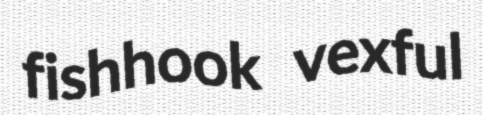
fishhook vexful